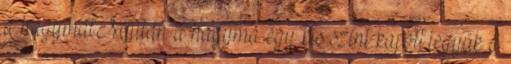
a hagymát.Miután a hagyma egy kis színt kapott,tegyük a